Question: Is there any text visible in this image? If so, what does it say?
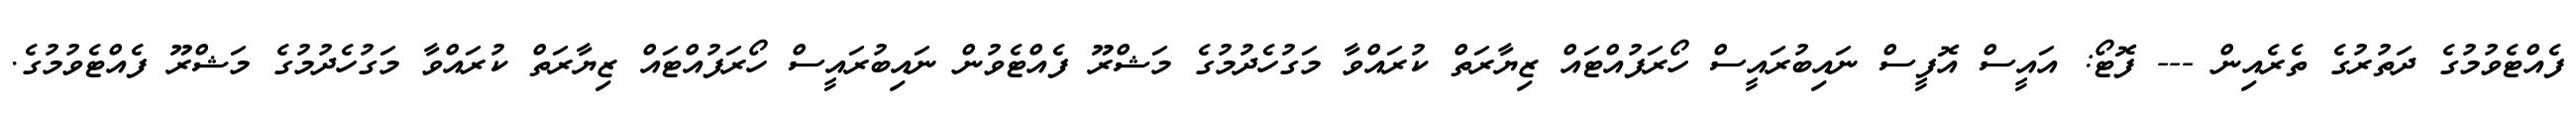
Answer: ފެއްޓެވުމުގެ ދަތުރުގެ ތެރެއިން --- ފޮޓޯ: އައީސް އޮފީސް ނައިބުރައީސް ހޯރަފުއްޓައް ޒިޔާރަތް ކުރައްވާ މަގުހެދުމުގެ މަޝްރޫ ފެއްޓެވުން ނައިބުރައީސް ހޯރަފުއްޓައް ޒިޔާރަތް ކުރައްވާ މަގުހެދުމުގެ މަޝްރޫ ފެއްޓެވުމުގެ.